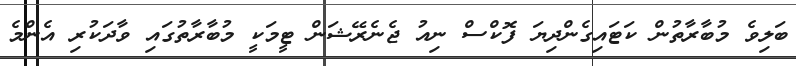
ބަލިވެ މުބާރާތުން ކަޓައިގެންދިޔަ ފޮކްސް ނިއު ޖެނެރޭޝަން ޓީމަކީ މުބާރާތުގައި ވާދަކުރި އެންމެ